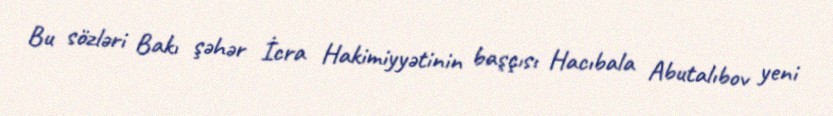
Bu sözləri Bakı şəhər İcra Hakimiyyətinin başçısı Hacıbala Abutalıbov yeni